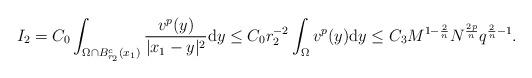
LaTeX: \begin{align*}I_2=C_{0}\int_{\Omega \cap B_{r_2}^c(x_1)} \frac{v^p (y)}{|x_1-y|^2} \mathrm{d}y\leq C_{0}r_2^{-2}\int_\Omega v^p(y)\mathrm{d}y\leq C_3 M^{1-\frac{2}{n}} N^{\frac{2p}{n}}q^{\frac{2}{n}-1}.\end{align*}